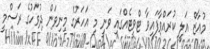
މުއާޒް އަލީ ކުރައްވާފައިވާ ޓްވީޓެއްގައި ވަނީ މި އަހަރުގެ މިނިވަން ދުވަހުގެ ރަސްމީ